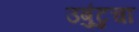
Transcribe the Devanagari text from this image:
उबुंटुचा